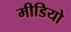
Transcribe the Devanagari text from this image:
मीडियो